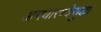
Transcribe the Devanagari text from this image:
अभयारण्येसुद्धा